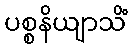
ပစ္စနိယျာသိံ